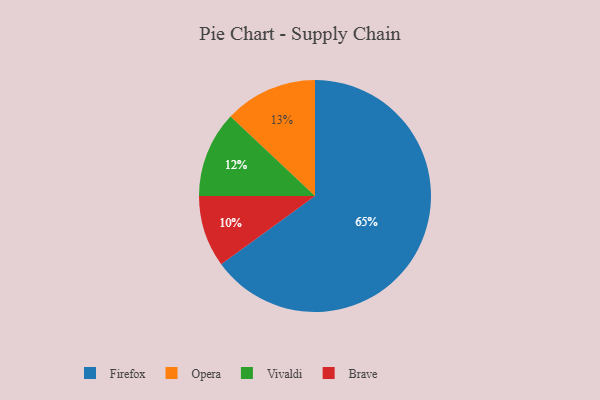
{"axis": {"x": "Category", "y": "Percentage"}, "legend": ["Brave", "Firefox", "Opera", "Vivaldi"], "data": [{"x": "Vivaldi", "y": 12, "type": "Vivaldi"}, {"x": "Firefox", "y": 65, "type": "Firefox"}, {"x": "Brave", "y": 10, "type": "Brave"}, {"x": "Opera", "y": 13, "type": "Opera"}]}